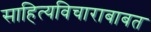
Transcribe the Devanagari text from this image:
साहित्यविचाराबाबत